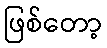
ဖြစ်တော့